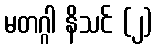
မတဂ္ဂါ နိသင် (၂)